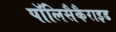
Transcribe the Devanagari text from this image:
पॉलिसैकैराइड